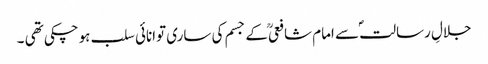
جلالِ رسالتؐ سے امام شافعیؒ کے جسم کی ساری توانائی سلب ہوچکی تھی ۔